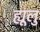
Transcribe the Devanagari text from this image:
ह्यूलु